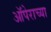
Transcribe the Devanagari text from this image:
ऑपेराच्या